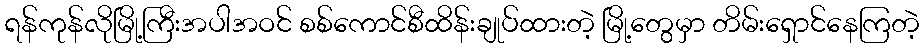
ရန်ကုန်လိုမြို့ကြီးအပါအဝင် စစ်ကောင်စီထိန်းချုပ်ထားတဲ့ မြို့တွေမှာ တိမ်းရှောင်နေကြတဲ့